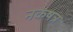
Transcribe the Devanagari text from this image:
नकषत्र